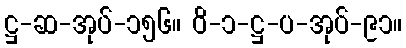
ဋ္ဌ-ဆ-အုပ်-၁၅၆။ ဝိ-၁-ဋ္ဌ-ပ-အုပ်-၉၁။